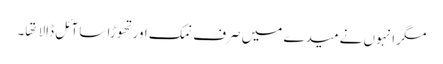
مگر انہوں نے میدے میں صرف نمک اور تهوڑا سا آئل ڈالا تها۔